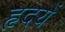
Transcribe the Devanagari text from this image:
हृदयें